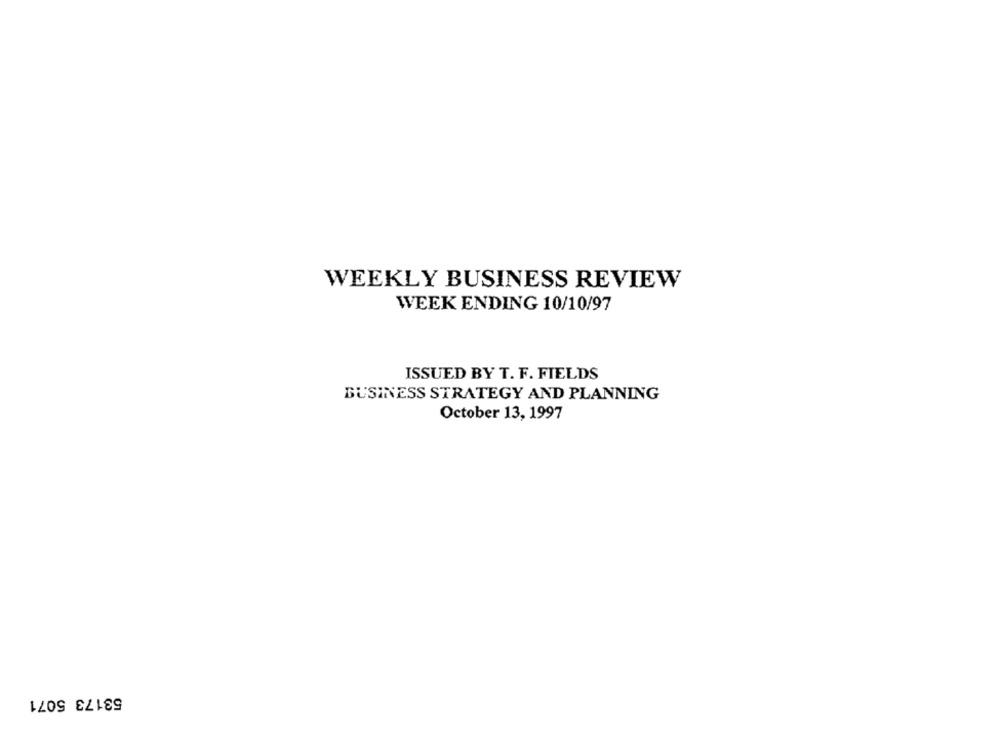
WEEKLY BUSINESS REVIEW
WEEK ENDING 10/10/97
ISSUED BY T. F. FIELDS
BUSINESS STRATEGY AND PLANNING
October 13, 1997
53173 5071